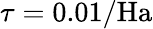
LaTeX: \tau=0.01/\textup{Ha}